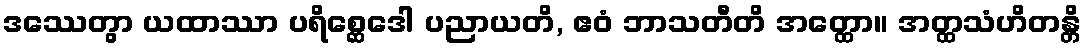
ဒဿေတွာ ယထာဿာ ပရိစ္ဆေဒေါ ပညာယတိ, ဧဝံ ဘာသတီတိ အတ္ထော။ အတ္ထသံဟိတန္တိ